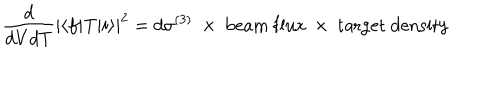
\frac { d } { d V d T } | \langle f | \mathrm { T } | i \rangle | ^ { 2 } = d \sigma ^ { ( 3 ) } \ \times \ \mathrm { b e a m \ f l u x } \ \times \ \mathrm { t a r g e t \ d e n s i t y }